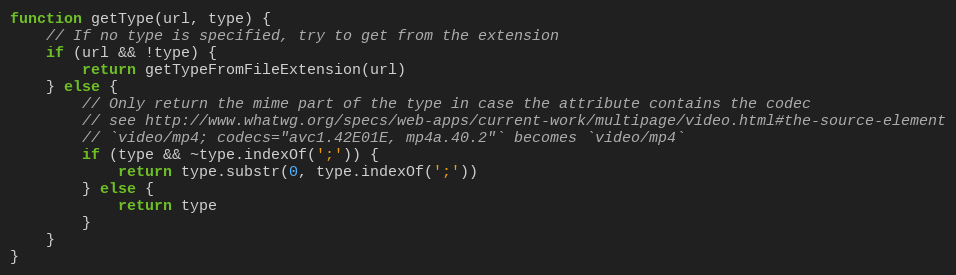
Language: JavaScript
function getType(url, type) {
	// If no type is specified, try to get from the extension
	if (url && !type) {
		return getTypeFromFileExtension(url)
	} else {
		// Only return the mime part of the type in case the attribute contains the codec
		// see http://www.whatwg.org/specs/web-apps/current-work/multipage/video.html#the-source-element
		// `video/mp4; codecs="avc1.42E01E, mp4a.40.2"` becomes `video/mp4`
		if (type && ~type.indexOf(';')) {
			return type.substr(0, type.indexOf(';'))
		} else {
			return type
		}
	}
}